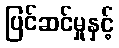
ပြင်ဆင်မှုနှင့်